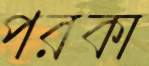
পরকা